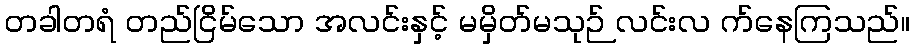
တခါတရံ တည်ငြိမ်သော အလင်းနှင့် မမှိတ်မသုဉ် လင်းလ က်နေကြသည်။